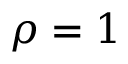
\rho = 1